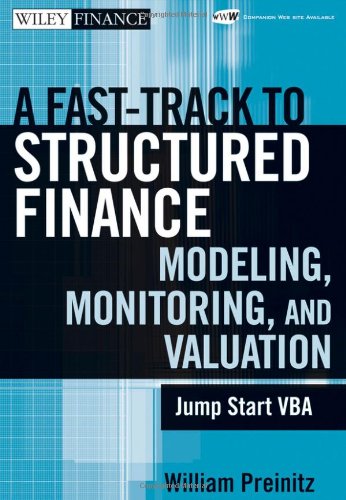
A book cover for A Fast Track To Structured Finance Modeling, Monitoring and Valuation: Jump Start VBA; William Preinitz; Computers & Technology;